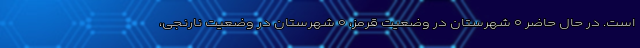
است. در حال حاضر ۰ شهرستان در وضعیت قرمز، ۰ شهرستان در وضعیت نارنجی،